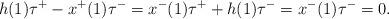
LaTeX: \begin{align*}h(1)\tau^{+}-x^{+}(1)\tau^{-}=x^{-}(1)\tau^{+}+h(1)\tau^{-}=x^{-}(1)\tau^{-}=0.\end{align*}